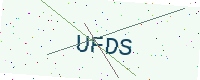
Text: UFDS